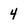
Character: 4